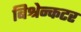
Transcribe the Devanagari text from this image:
बिश्रेन्कटर